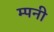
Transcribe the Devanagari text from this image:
म्पनी